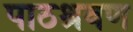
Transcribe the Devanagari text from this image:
पाठश्रवण